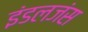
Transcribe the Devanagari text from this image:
इंडलजंस